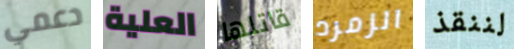
دعمي العلية قاتلها الزمرد لننقذ